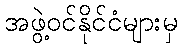
အဖွဲ့ဝင်နိုင်ငံများမှ